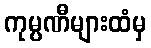
ကုမ္ပဏီများထံမှ